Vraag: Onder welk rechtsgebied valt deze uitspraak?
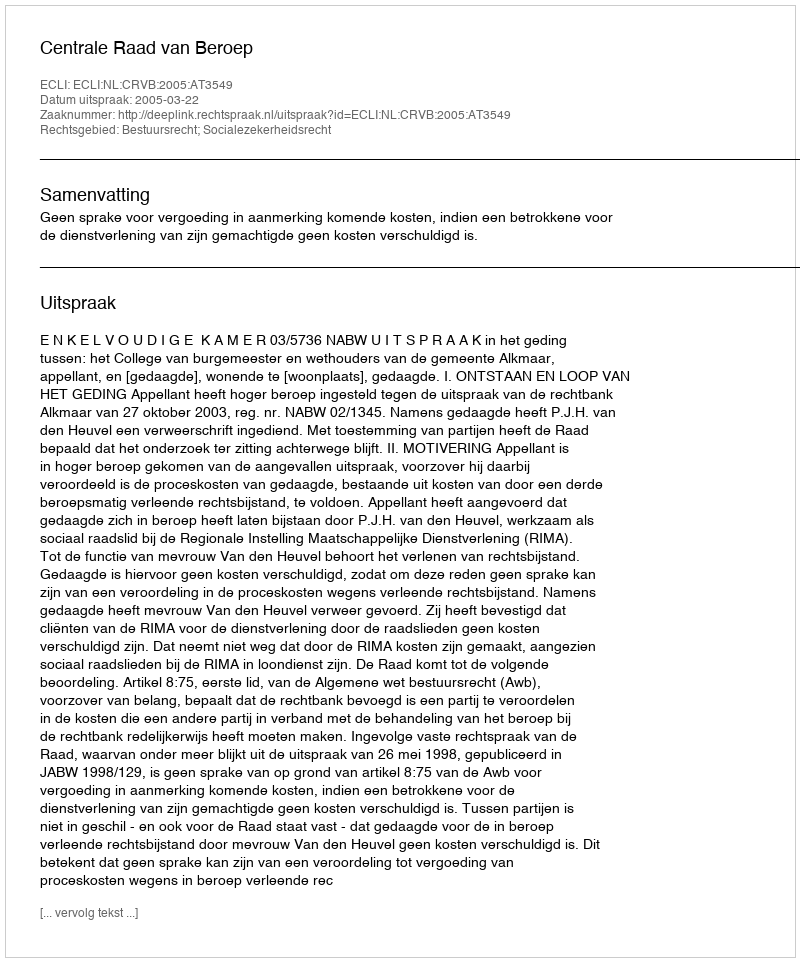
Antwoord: Bestuursrecht; Socialezekerheidsrecht